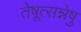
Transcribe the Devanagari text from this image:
तेषूत्सन्नेषु